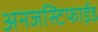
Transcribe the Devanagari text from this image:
अनजस्टिफाईड